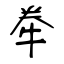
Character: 牶